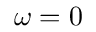
\omega = 0